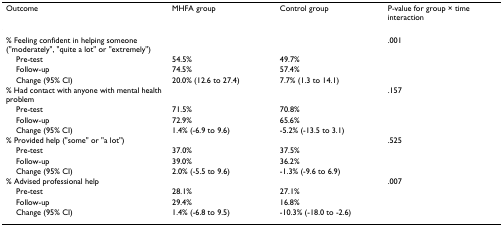
| Outcome | MHFA group | Control group | P-value for group × time interaction |
 | --- | --- | --- | --- |
 | % Feeling confident in helping someone ("moderately", "quite a lot" or "extremely") |  |  | .001 |
 | Pre-test | 54.5% | 49.7% |  |
 | Follow-up | 74.5% | 57.4% |  |
 | Change (95% CI) | 20.0% (12.6 to 27.4) | 7.7% (1.3 to 14.1) |  |
 | % Had contact with anyone with mental health problem |  |  | .157 |
 | Pre-test | 71.5% | 70.8% |  |
 | Follow-up | 72.9% | 65.6% |  |
 | Change (95% CI) | 1.4% (-6.9 to 9.6) | -5.2% (-13.5 to 3.1) |  |
 | % Provided help ("some" or "a lot") |  |  | .525 |
 | Pre-test | 37.0% | 37.5% |  |
 | Follow-up | 39.0% | 36.2% |  |
 | Change (95% CI) | 2.0% (-5.5 to 9.6) | -1.3% (-9.6 to 6.9) |  |
 | % Advised professional help |  |  | .007 |
 | Pre-test | 28.1% | 27.1% |  |
 | Follow-up | 29.4% | 16.8% |  |
 | Change (95% CI) | 1.4% (-6.8 to 9.5) | -10.3% (-18.0 to -2.6) |  |